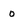
Character: 0